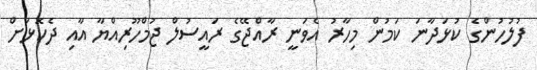
ފުލުހުންގެ ކުޅަދާނަ ކަމުން މިހާރު އެވަނީ ރާއްޖޭގެ ރައީސުލް ޖުމްހޫރިއްޔާ އާއި ދެކޮޅަށް